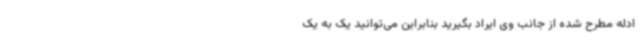
ادله مطرح شده از جانب وی ایراد بگیرید بنابراین می‌توانید یک به یک